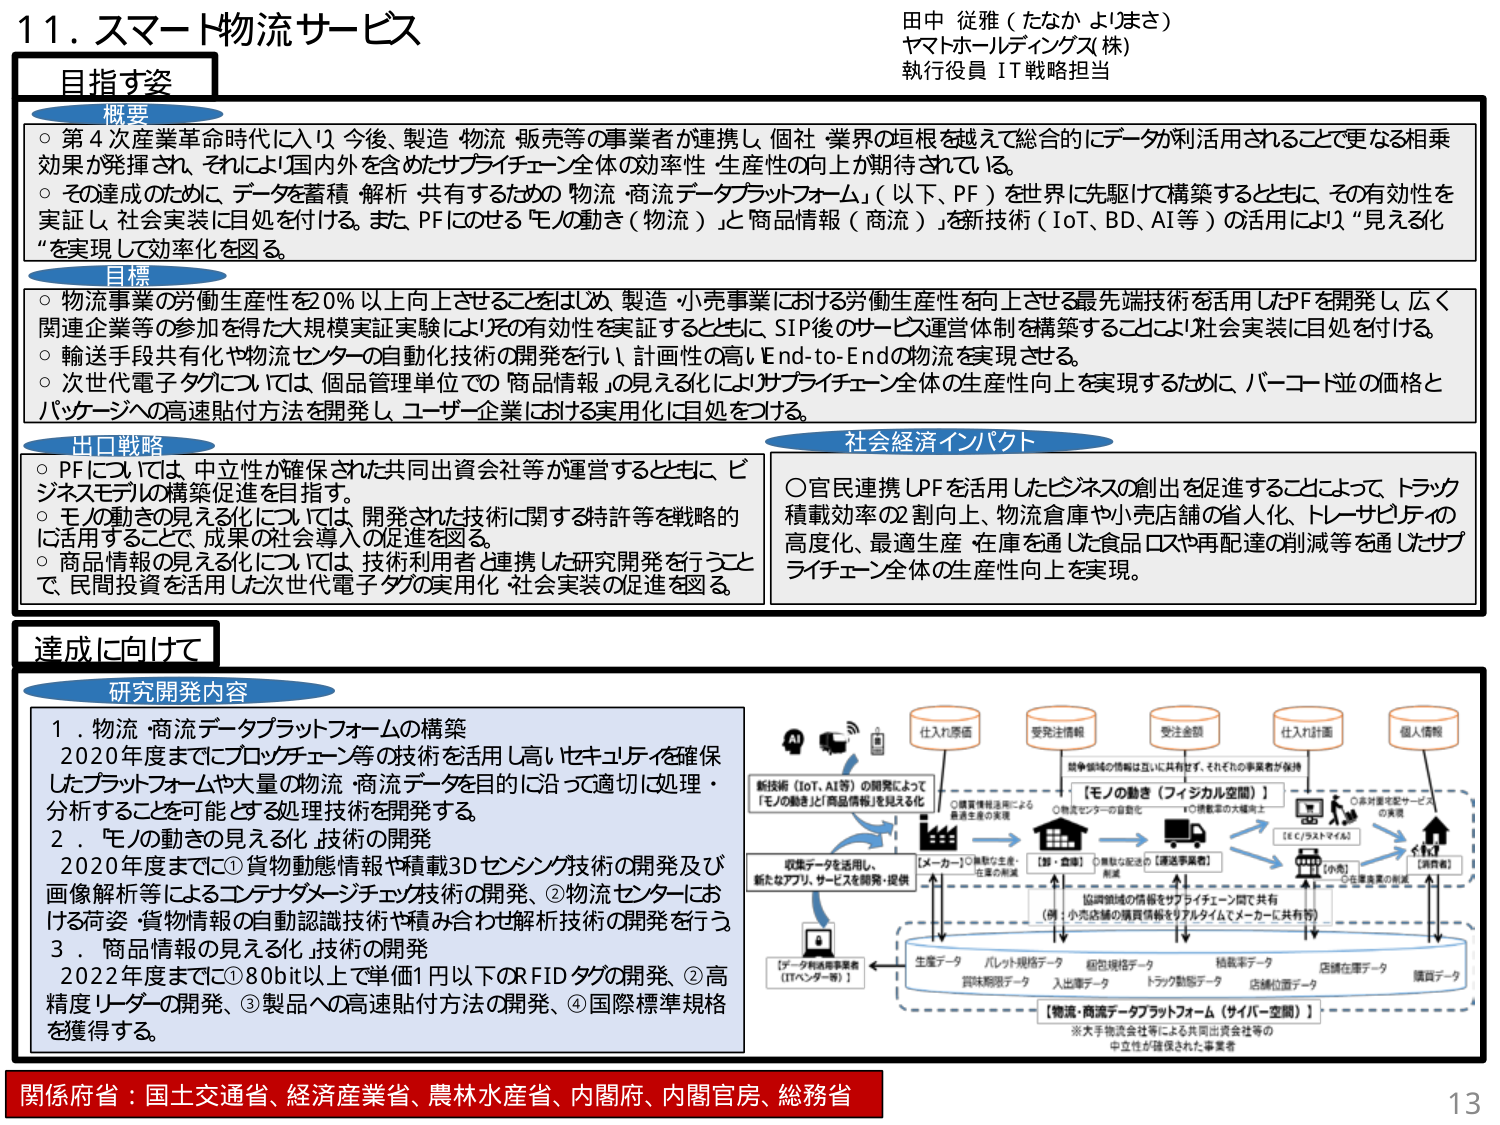
11. スマート物流サービス
田中 従雅（たなか よしざさ）
ヤマトホールディングス(株)
執行役員 IT戦略担当

目指す姿

概要
○ 第4次産業革命時代に入り、今後、製造・物流・販売等の事業者が連携し、個社・業界の垣根を越えて総合的にデータが利活用されることで更なる相乗効果が発揮され、それにより国内外を含めたサプライチェーン全体の効率性・生産性の向上が期待されている。
○ その達成のために、データを蓄積・解析・共有するための「物流・商流データプラットフォーム」（以下、PF）を世界に先駆けて構築するとともに、その有効性を実証し、社会実装に目処を付ける。また、PFにせる「モノの動き」（物流）と「商品情報」（商流）を新技術（IoT、BD、AI等）の活用により“見える化”を実現して効率化を図る。

目標
○ 物流事業の労働生産性を20％以上向上させることをはじめ、製造・小売事業における労働生産性を向上させる最先端技術を活用したPFを開発し、広く関連企業等の参加を得た大規模実証実験によりその有効性を実証するとともに、SIP後のサービス運営体制を構築することにより社会実装に目処を付ける。
○ 輸送手段共有化や物流センターの自動化技術の開発を行い、計画性の高いEnd-to-Endの物流を実現させる。
○ 次世代電子タグについては、個品管理単位での「商品情報」の見える化によりサプライチェーン全体の生産性向上を実現するために、バーコード並の価格とパッケージへの高速貼付方法を開発し、ユーザー企業における実用化に目処をつける。

出口戦略
○ PFについては、中立性が確保された共同出資会社等が運営するとともに、ビジネスモデルの構築促進を目指す。
○ モノの動きの見える化については、開発された技術に関する特許等を戦略的に活用することで、成果の社会導入の促進を図る。
○ 商品情報の見える化については、技術利用者と連携した研究開発を行うことで、民間投資を活用した次世代電子タグの実用化・社会実装の促進を図る。

社会経済インパクト
○ 官民連携しPFを活用したビジネスの創出を促進することによって、トラック積載効率の2割向上、物流倉庫や小売店舗の省人化、トレーサビリティの高度化、最適生産・在庫を通じた食品ロスや再配達の削減等を通じサプライチェーン全体の生産性向上を実現。

達成に向けて

研究開発内容
1．物流・商流データプラットフォームの構築
2020年度までにブロックチェーン等の技術を活用し高いセキュリティを確保したプラットフォームや大量の物流・商流データを目的に沿って適切に処理・分析することを可能とする処理技術を開発する。
2．モノの動きの見える化技術の開発
2020年度までに①貨物動態情報や載載3Dセンシング技術の開発及び画像解析等によるコンテンツダメージチェック技術の開発、②物流センターにおける荷姿・貨物情報の自動認識技術や積み合わせ解析技術の開発を行う。
3．商品情報の見える化技術の開発
2022年度までに①80bit以上で単価1円以下のRFIDタグの開発、②高精度リーダーの開発、③製品への高速貼付方法の開発、④国際標準規格を獲得する。

[図：右側の図解]
新技術（IoT、AI等）の開発によって
「モノの動き」と「商品情報」を見える化

仕入れ原価
受注情報
受注金額
仕入れ計画
個人情報

○ 情報領域の情報は互いに共有せず、それぞれの事業者が保持
○ 輸送管理情報による最適生産の実現
○ 物流センターの自動化
○ トランポールの大幅向上
○ 各対象店舗サービスの実現

[モノの動き（フィジカル空間）]
[メーカー] → [卸・商社] → [運送事業者] → [EC/サプライヤー] → [小売] → [消費者]
○ 無駄な配送の削減
○ 協同領域の情報をサプライチェーン間で共有
（例：小売店舗の購買情報をリアルタイムでメーカーに共有等）

収集データを活用し、
新たなアプリ、サービスを開発・提供

[データ利活用事業者（ITベンダー等）]

生産データ
パレット規格データ
梱包規格データ
抽抜率データ
店舗在庫データ
購買データ
賞味期限データ
入出庫データ
トラック動態データ
店舗位置データ

[物流・商流データプラットフォーム（サイバー空間）]
※大手物流会社等による共同出資会社等の
中立性が確保された事業者

関係府省：国土交通省、経済産業省、農林水産省、内閣府、内閣官房、総務省
13